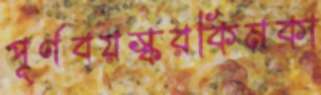
পূর্ণবয়স্করকিমকা